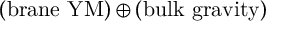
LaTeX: ( \mathrm { b r a n e \ Y M } ) \oplus ( \mathrm { b u l k \ g r a v i t y } )